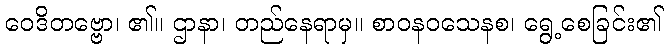
ဝေဒိတဗ္ဗော၊ ၏။ ဌာနာ၊ တည်နေရာမှ။ စာဝနဝသေနစ၊ ရွေ့စေခြင်း၏